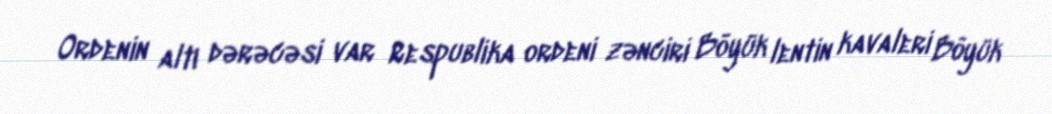
Ordenin altı dərəcəsi var Respublika ordeni zənciri Böyük lentin kavaleri Böyük